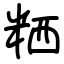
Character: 粞